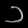
Digit: ၁